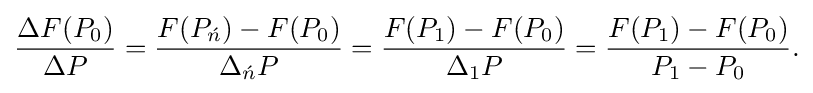
{\frac {\Delta F(P_{0})}{\Delta P}}={\frac {F(P_{\acute {n}})-F(P_{0})}{\Delta _{\acute {n}}P}}={\frac {F(P_{1})-F(P_{0})}{\Delta _{1}P}}={\frac {F(P_{1})-F(P_{0})}{P_{1}-P_{0}}}.\,\!